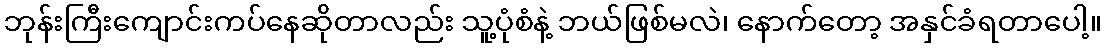
ဘုန်းကြီးကျောင်းကပ်နေဆိုတာလည်း သူ့ပုံစံနဲ့ ဘယ်ဖြစ်မလဲ၊ နောက်တော့ အနှင်ခံရတာပေါ့။